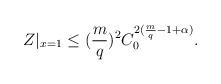
LaTeX: \begin{align*}Z|_{x=1}\leq{(\frac{m}{q})^{2}}C_{0}^{2(\frac{m}{q}-1+\alpha)}.\end{align*}